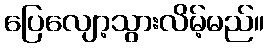
ပြေလျော့သွားလိမ့်မည်။